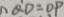
Q D = O P